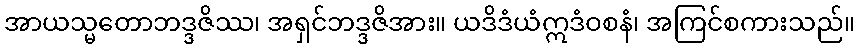
အာယသ္မတောဘဒ္ဒဇိဿ၊ အရှင်ဘဒ္ဒဇိအား။ ယဒိဒံယံဣဒံဝစနံ၊ အကြင်စကားသည်။